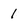
Character: 1